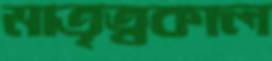
মাতৃত্বকাল